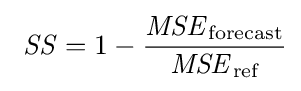
\ {\mathit {SS}}=1-{\frac {{\mathit {MSE}}_{\text{forecast}}}{{\mathit {MSE}}_{\text{ref}}}}